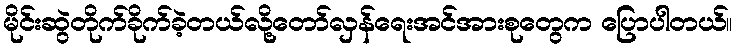
မိုင်းဆွဲတိုက်ခိုက်ခဲ့တယ်လို့တော်လှန်ရေးအင်အားစုတွေက ပြောပါတယ်။